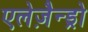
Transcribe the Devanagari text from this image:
एलेज़ैन्ड्रो